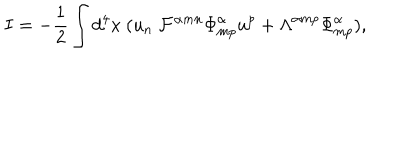
I = - \frac { 1 } { 2 } \int d ^ { 4 } x \ ( u _ { n } \ { \cal F } ^ { \alpha m n } { \Phi } _ { m p } ^ { \alpha } u ^ { p } + { \Lambda } ^ { \alpha m p } { \Phi } _ { m p } ^ { \alpha } ) ,